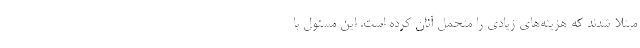
مبتلا شدند که هزینه‌های زیادی را متحمل آنان کرده است. این مسئول با